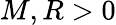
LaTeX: M,R>0